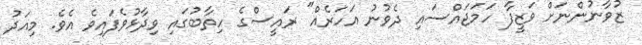
ޒުވާނުންނަށް ވަޒީފާ ހަމަޖައްސައި ދެވުނު އަހަރެއް" ރައީސްގެ ހިތާބުގައި ވިދާޅުވެފައިވެ އެވެ. މިއަދު